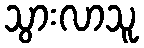
သွားလာသူ